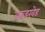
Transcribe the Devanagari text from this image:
वरुडखेड